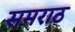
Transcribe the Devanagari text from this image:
समराठ